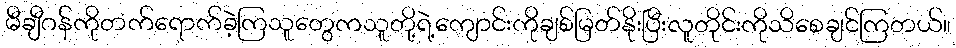
မီချီဂန်ကိုတက်ရောက်ခဲ့ကြသူတွေကသူတို့ရဲ့ကျောင်းကိုချစ်မြတ်နိုးပြီးလူတိုင်းကိုသိစေချင်ကြတယ်။